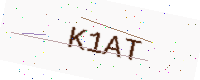
Text: K1AT